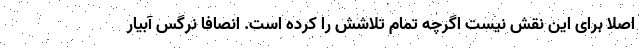
اصلا برای این نقش نیست اگرچه تمام تلاشش را کرده است. انصافا نرگس آبیار